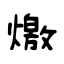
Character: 燩